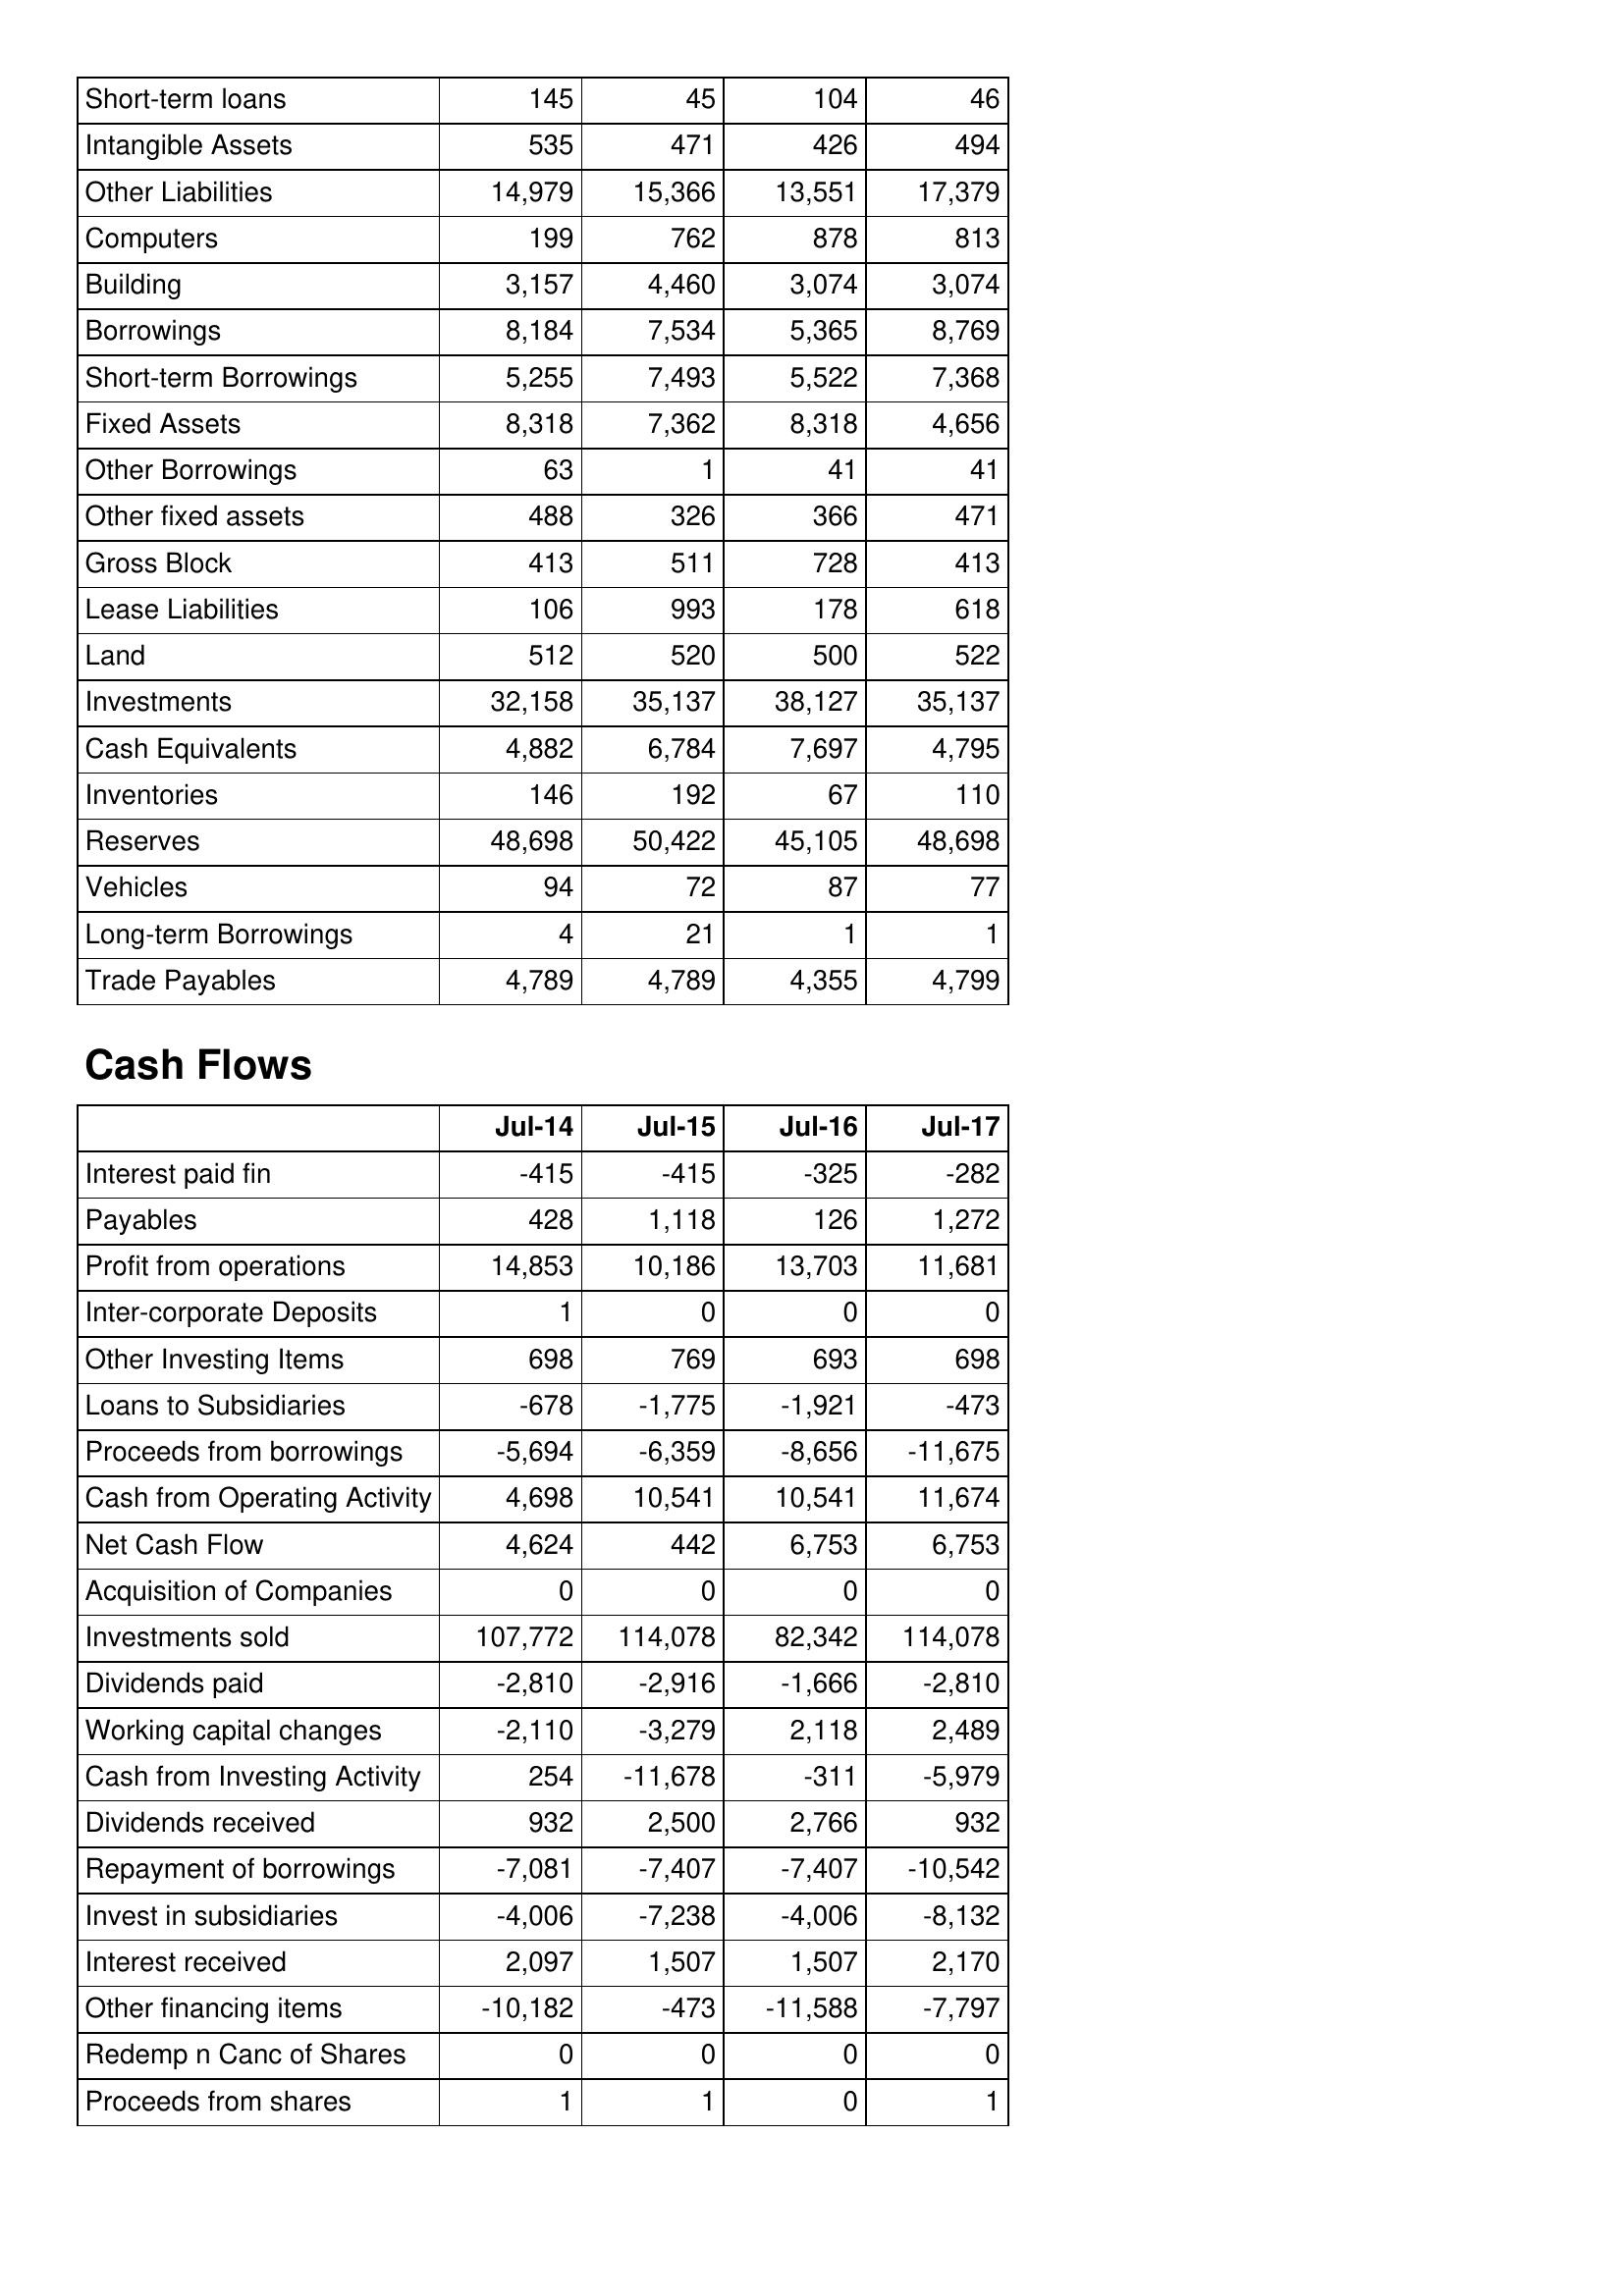
Jul-14: Balance Sheet: Short-term loans: 145
Intangible Assets: 535
Other Liabilities: 14,979
Computers: 199
Building: 3,157
Borrowings: 8,184
Short-term Borrowings: 5,255
Fixed Assets: 8,318
Other Borrowings: 63
Other fixed assets: 488
Gross Block: 413
Lease Liabilities: 106
Land: 512
Investments: 32,158
Cash Equivalents: 4,882
Inventories: 146
Reserves: 48,698
Vehicles: 94
Long-term Borrowings: 4
Trade Payables: 4,789
Cash Flows: Interest paid fin: -415
Payables: 428
Profit from operations: 14,853
Inter-corporate Deposits: 1
Other Investing Items: 698
Loans to Subsidiaries: -678
Proceeds from borrowings: -5,694
Cash from Operating Activity: 4,698
Net Cash Flow: 4,624
Acquisition of Companies: 0
Investments sold: 107,772
Dividends paid: -2,810
Working capital changes: -2,110
Cash from Investing Activity: 254
Dividends received: 932
Repayment of borrowings: -7,081
Invest in subsidiaries: -4,006
Interest received: 2,097
Other financing items: -10,182
Redemp n Canc of Shares: 0
Proceeds from shares: 1
Jul-15: Balance Sheet: Short-term loans: 45
Intangible Assets: 471
Other Liabilities: 15,366
Computers: 762
Building: 4,460
Borrowings: 7,534
Short-term Borrowings: 7,493
Fixed Assets: 7,362
Other Borrowings: 1
Other fixed assets: 326
Gross Block: 511
Lease Liabilities: 993
Land: 520
Investments: 35,137
Cash Equivalents: 6,784
Inventories: 192
Reserves: 50,422
Vehicles: 72
Long-term Borrowings: 21
Trade Payables: 4,789
Cash Flows: Interest paid fin: -415
Payables: 1,118
Profit from operations: 10,186
Inter-corporate Deposits: 0
Other Investing Items: 769
Loans to Subsidiaries: -1,775
Proceeds from borrowings: -6,359
Cash from Operating Activity: 10,541
Net Cash Flow: 442
Acquisition of Companies: 0
Investments sold: 114,078
Dividends paid: -2,916
Working capital changes: -3,279
Cash from Investing Activity: -11,678
Dividends received: 2,500
Repayment of borrowings: -7,407
Invest in subsidiaries: -7,238
Interest received: 1,507
Other financing items: -473
Redemp n Canc of Shares: 0
Proceeds from shares: 1
Jul-16: Balance Sheet: Short-term loans: 104
Intangible Assets: 426
Other Liabilities: 13,551
Computers: 878
Building: 3,074
Borrowings: 5,365
Short-term Borrowings: 5,522
Fixed Assets: 8,318
Other Borrowings: 41
Other fixed assets: 366
Gross Block: 728
Lease Liabilities: 178
Land: 500
Investments: 38,127
Cash Equivalents: 7,697
Inventories: 67
Reserves: 45,105
Vehicles: 87
Long-term Borrowings: 1
Trade Payables: 4,355
Cash Flows: Interest paid fin: -325
Payables: 126
Profit from operations: 13,703
Inter-corporate Deposits: 0
Other Investing Items: 693
Loans to Subsidiaries: -1,921
Proceeds from borrowings: -8,656
Cash from Operating Activity: 10,541
Net Cash Flow: 6,753
Acquisition of Companies: 0
Investments sold: 82,342
Dividends paid: -1,666
Working capital changes: 2,118
Cash from Investing Activity: -311
Dividends received: 2,766
Repayment of borrowings: -7,407
Invest in subsidiaries: -4,006
Interest received: 1,507
Other financing items: -11,588
Redemp n Canc of Shares: 0
Proceeds from shares: 0
Jul-17: Balance Sheet: Short-term loans: 46
Intangible Assets: 494
Other Liabilities: 17,379
Computers: 813
Building: 3,074
Borrowings: 8,769
Short-term Borrowings: 7,368
Fixed Assets: 4,656
Other Borrowings: 41
Other fixed assets: 471
Gross Block: 413
Lease Liabilities: 618
Land: 522
Investments: 35,137
Cash Equivalents: 4,795
Inventories: 110
Reserves: 48,698
Vehicles: 77
Long-term Borrowings: 1
Trade Payables: 4,799
Cash Flows: Interest paid fin: -282
Payables: 1,272
Profit from operations: 11,681
Inter-corporate Deposits: 0
Other Investing Items: 698
Loans to Subsidiaries: -473
Proceeds from borrowings: -11,675
Cash from Operating Activity: 11,674
Net Cash Flow: 6,753
Acquisition of Companies: 0
Investments sold: 114,078
Dividends paid: -2,810
Working capital changes: 2,489
Cash from Investing Activity: -5,979
Dividends received: 932
Repayment of borrowings: -10,542
Invest in subsidiaries: -8,132
Interest received: 2,170
Other financing items: -7,797
Redemp n Canc of Shares: 0
Proceeds from shares: 1